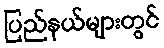
ပြည်နယ်များတွင်